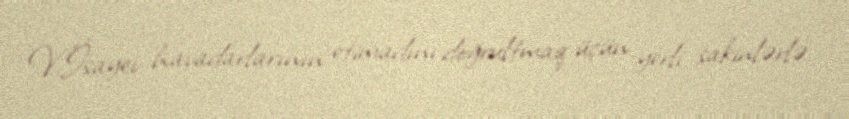
V.İsayev havadarlarının etimadını doğrultmaq üçün yerli sakinlərlə